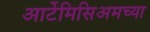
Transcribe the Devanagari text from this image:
आर्टेमिसिअमच्या